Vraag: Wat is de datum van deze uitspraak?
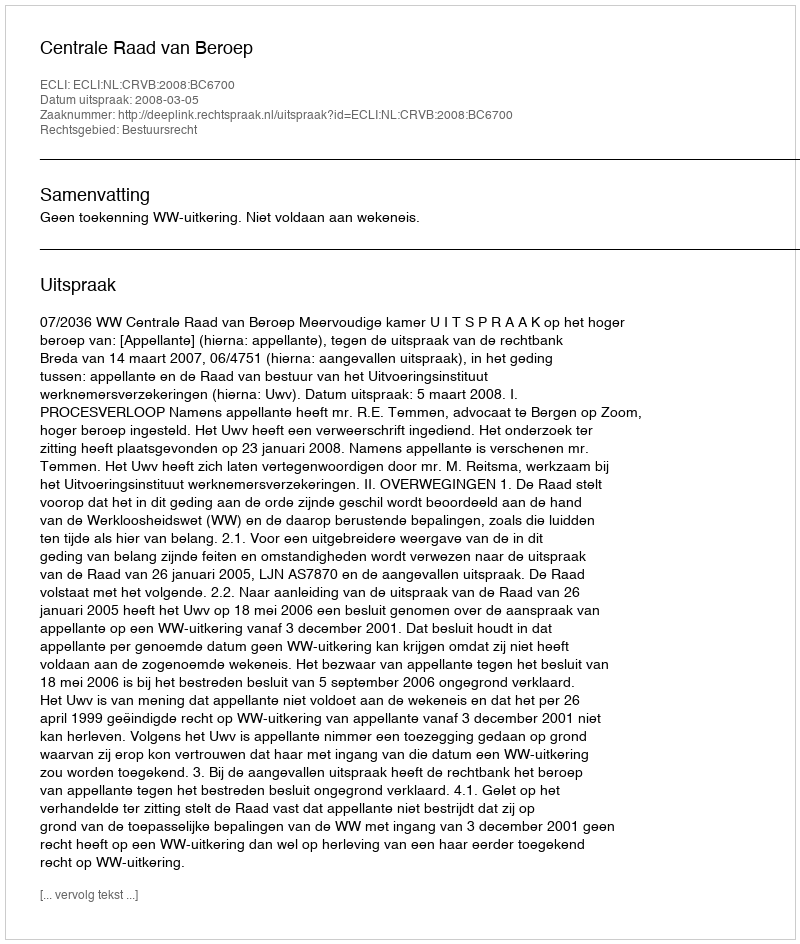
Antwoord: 2008-03-05